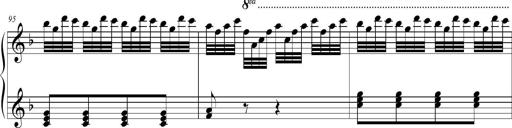
Title: 2 Sonatines faciles et brillantes pour le piano-forte seul
Composer: Carl Czerny